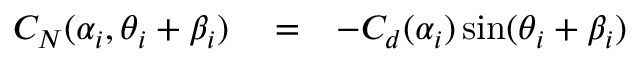
\begin{array} { r l r } { C _ { N } ( \alpha _ { i } , \theta _ { i } + \beta _ { i } ) } & { { } = } & { - C _ { d } ( \alpha _ { i } ) \sin ( \theta _ { i } + \beta _ { i } ) } \end{array}